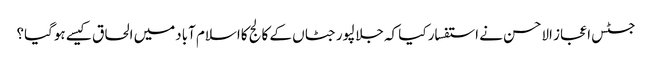
جسٹس اعجاز الاحسن نے استفسار کیا کہ جلالپورجٹاں کے کالج کااسلام آبادمیں الحاق کیسے ہوگیا؟